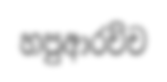
හපුආරච්ච